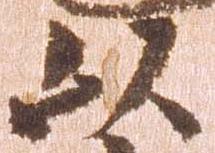
以